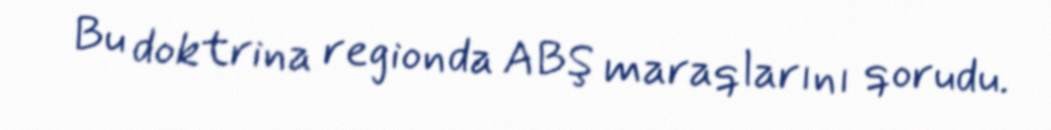
Bu doktrina regionda ABŞ maraqlarını qorudu.